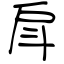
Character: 戽